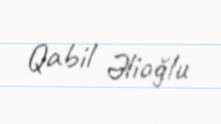
Qabil Əlioğlu